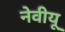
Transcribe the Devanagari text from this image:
नेवीयू